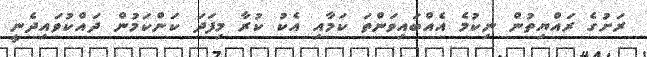
ރަށުގެ ރައްޔިތުން ނިކުމެ އެއްބައިވަންތަ ކަމާއި އެކު ކުރާ މިފަދަ ކަންކަމުން ދައްކުވައިދެނީ